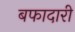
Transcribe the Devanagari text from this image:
बफादारी